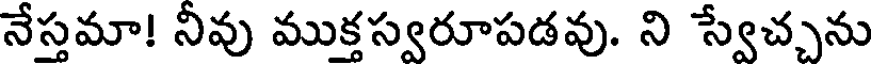
నేస్తమా! నీవు ముక్తస్వరూపడవు. ని స్వేచ్చను